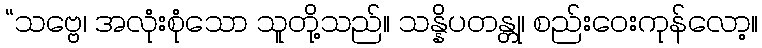
“သဗ္ဗေ၊ အလုံးစုံသော သူတို့သည်။ သန္နိပတန္တု၊ စည်းဝေးကုန်လော့။